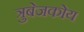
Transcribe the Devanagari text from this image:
त्रुबेजकोय